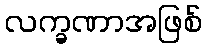
လက္ခဏာအဖြစ်